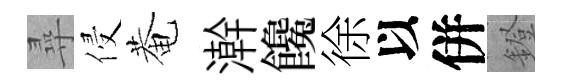
尋侵菴澣饞徐以併鐙